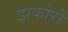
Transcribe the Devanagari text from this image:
झकोरों